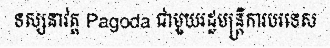
ទស្សនាវត្ត Pagoda ជាមួយរដ្ឋមន្ត្រីការបរទេស